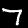
Digit: 7